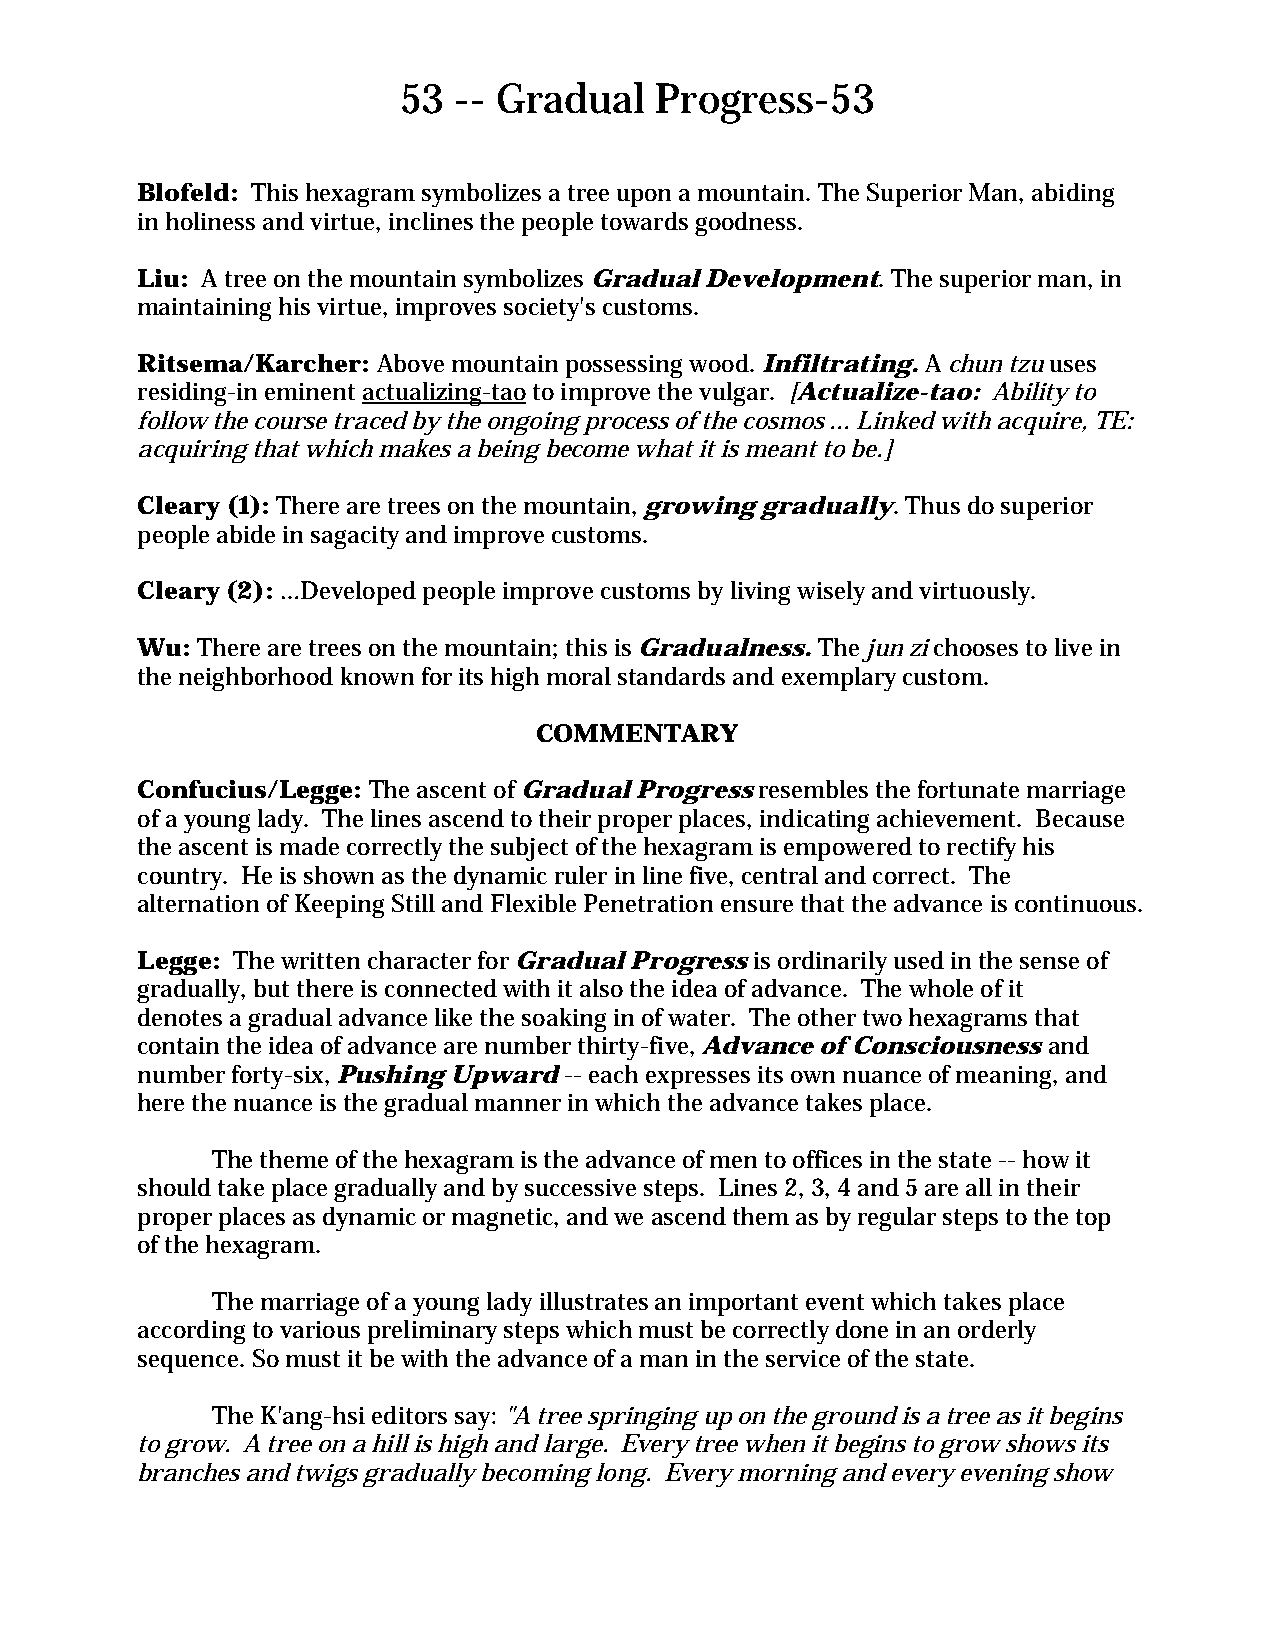
53  -- Gradual   Progress-53
 Blofeld: This hexagram symbolizes a tree upon a mountain. The Superior Man, abiding
 in holiness and virtue, inclines the people towards goodness.
 Liu: A tree on the mountain symbolizes Gradual Development. The superior man, in
 maintaining his virtue, improves society's customs.
 Ritsema/Karcher: Above mountain possessing wood. Infiltrating. A chun tzu uses
 residing-in eminent actualizing-tao to improve the vulgar. [Actualize-tao: Ability to
 follow the course traced by the ongoing process of the cosmos ... Linked with acquire, TE:
 acquiring that which makes a being become what it is meant to be.]
 Cleary (1): There are trees on the mountain, growing gradually. Thus do superior
 people abide in sagacity and improve customs.
 Cleary (2): …Developed people improve customs by living wisely and virtuously.
 Wu: There are trees on the mountain; this is Gradualness. The jun zi chooses to live in
 the neighborhood known for its high moral standards and exemplary custom.
 COMMENTARY
 Confucius/Legge: The ascent of Gradual Progress resembles the fortunate marriage
 of a young lady. The lines ascend to their proper places, indicating achievement. Because
 the ascent is made correctly the subject of the hexagram is empowered to rectify his
 country. He is shown as the dynamic ruler in line five, central and correct. The
 alternation of Keeping Still and Flexible Penetration ensure that the advance is continuous.
 Legge: The written character for Gradual Progress is ordinarily used in the sense of
 gradually, but there is connected with it also the idea of advance. The whole of it
 denotes a gradual advance like the soaking in of water. The other two hexagrams that
 contain the idea of advance are number thirty-five, Advance of Consciousness and
 number forty-six, Pushing Upward -- each expresses its own nuance of meaning, and
 here the nuance is the gradual manner in which the advance takes place.
 The theme of the hexagram is the advance of men to offices in the state -- how it
 should take place gradually and by successive steps. Lines 2, 3, 4 and 5 are all in their
 proper places as dynamic or magnetic, and we ascend them as by regular steps to the top
 of the hexagram.
 The marriage of a young lady illustrates an important event which takes place
 according to various preliminary steps which must be correctly done in an orderly
 sequence. So must it be with the advance of a man in the service of the state.
 The K'ang-hsi editors say: "A tree springing up on the ground is a tree as it begins
 to grow. A tree on a hill is high and large. Every tree when it begins to grow shows its
 branches and twigs gradually becoming long. Every morning and every evening show